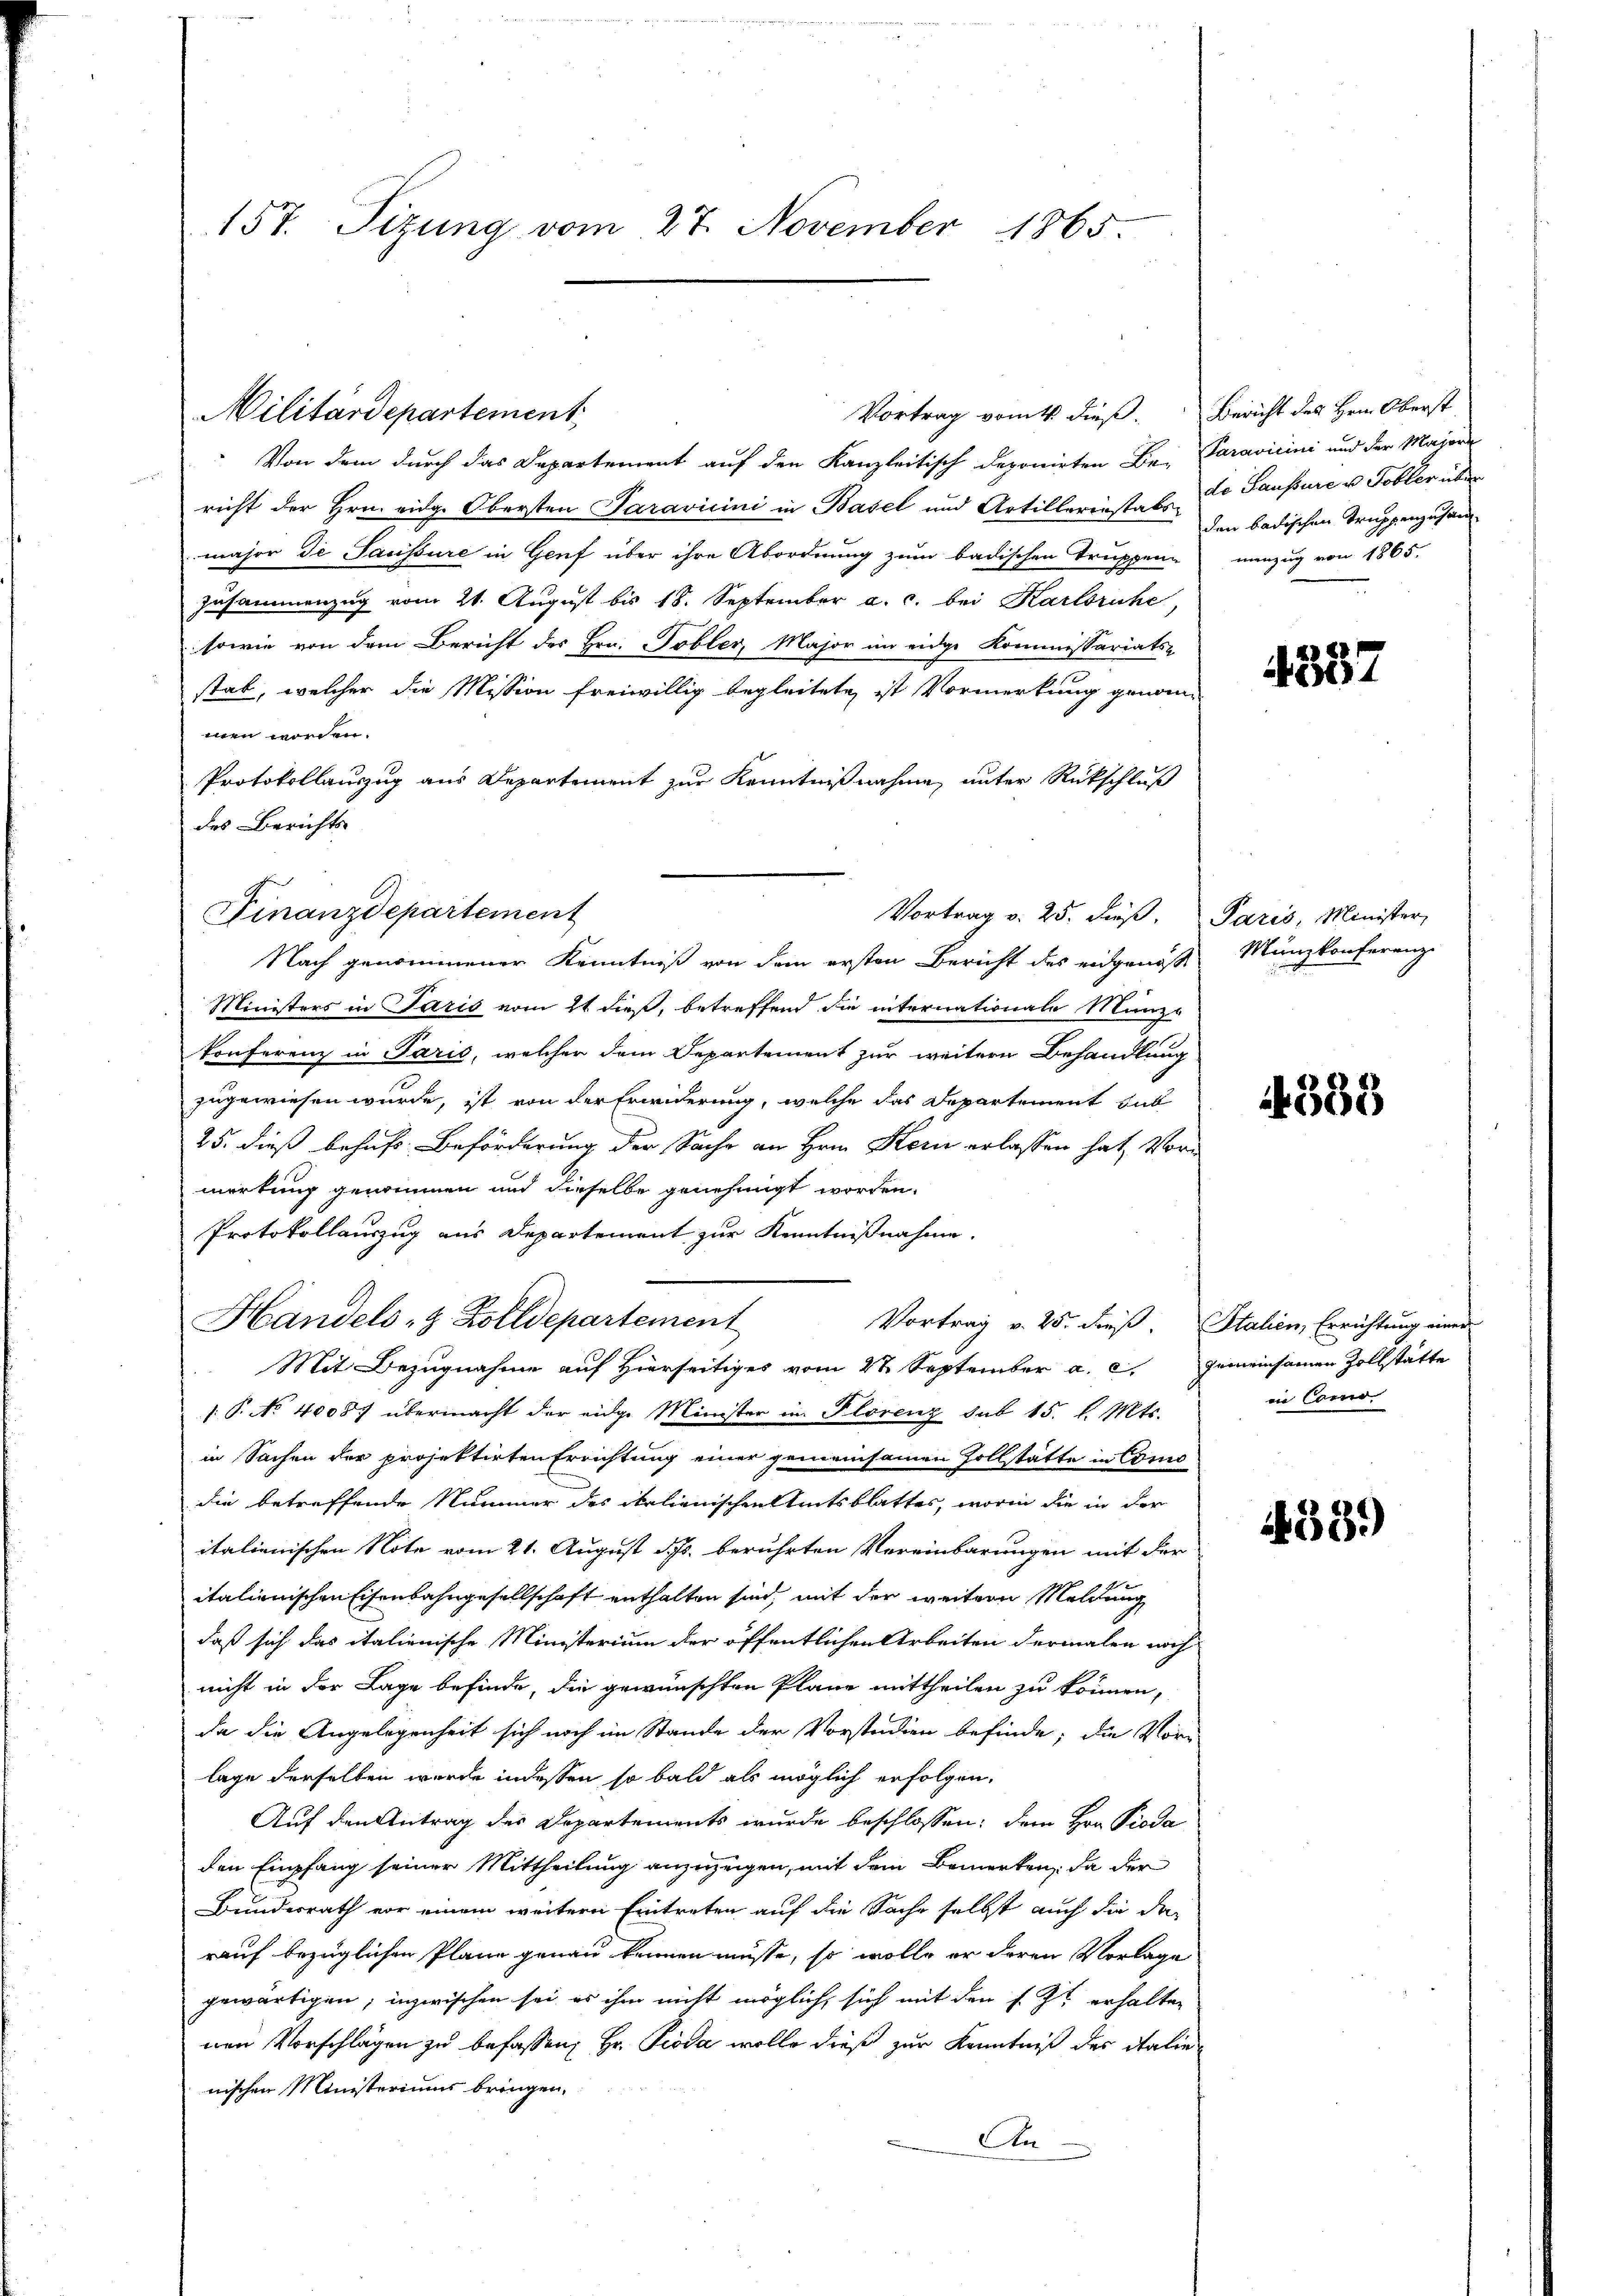
157. Sizung vom 27. November 1865.

Militärdepartement

Finanzdepartement
Vortrag v. 25. Fuß.

Von dem durch das Departement auf den Kanzleitisch deponirten Be-Paravicini und der Major
richt der Hrn. eidg. Obersten Paravicini in Basel und Artillerinstals den badischen Truppenzusammajor de Saussure in Genf über ihre Abordnung zum badischen Truppen¬
Zusammenzug vom 21. August bis 18. September a. c. bei Karlsruhe
sowie von dem Bericht des Hrn. Tobler, Major im eidge Kommissariats-
stab, welcher die Mission freiwillig begleitete, ist Vormerkung genom-
men worden.
Protokollauszug aus Departement zur Kenntnißnahme, unter Rückschluß
des Berichts
Nach genommener Kenntniß von dem ersten Bericht des eidgenöß
Ministers in Paris vom 21 dieß, betreffend die internationale Münz-
konferenz in Parić, welcher dem Departement zur weitere Behandlung
zugewiesen wurde, ist von der Erwiderung, welche das Departement hab
25. dieß behufs Beförderung der Sache an Hrn. Kern erlassen hat, Vormerkung genommen und dieselbe genehmigt worden.
Protokollauszug aus Departement zur Kenntnißnahme.
Handels- & Zolldepartement
Mit Bezugnahme auf Hierseitiges vom 22 September a. c. gemeinsamen Zollstätte
( P. No. 4008. übermacht der eidge Minister in Plorenz sub 15. l. Mts.
in Sachen der projektirten Errichtung einer gemeinsamen Zollstätte in Como
die betreffende Nummer des Italienischen Amtsblattes, worin die in der
italienischen Note vom 21. August d. Js. berührten Vereinbarungen mit der
italienischen Eisenbahngesellschaft enthalten sind, mit der weitern Meldung
daß sich das italienische Ministerium der öffentlichen Arbeiten dermalen noch
nicht in der Lage befinde, die gewünschten Plane mittheilen zu können,
da die Angelegenheit sich noch im Stande der Vorstudien befinde; die Vor-
lage derselben wurde indessen so bald als möglich erfolgen.
Auf den Antrag des Departements wurde beschlossen; dem Hrn. Pioda
den Empfang seiner Mittheilung anzuzeigen, mit dem Bemerken, da der
Bundesrath vor einem weitern Eintreten auf die Sache selbst auch die da
rauf bezüglichen Plane genau kennen müsse, so wolle er deren Vorlage
gewärtigen; inzwischen sei es ihm nicht möglich, sich mit den s. Zt. erhalten
nen Vorschlägen zu befassen, Hr. Pioda wolle dieß zur Kenntniß des italie
nischen Ministeriums bringen,
An

Vortrag vom 1. dieß.

Bericht des Herrn Oberst
de Saussure u Tobler über
menzug von 1865.

4837

Paris, Minister,
Münzkonferenz.

4388

Vortrag v. 25. dieß. Italien, Errichtung einer
in Como.

59.)